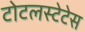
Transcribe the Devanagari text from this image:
टोटलस्टेटेस